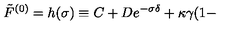
\tilde { F } ^ { ( 0 ) } = h ( \sigma ) \equiv C + D e ^ { - \sigma \delta } + \kappa \gamma ( 1 -